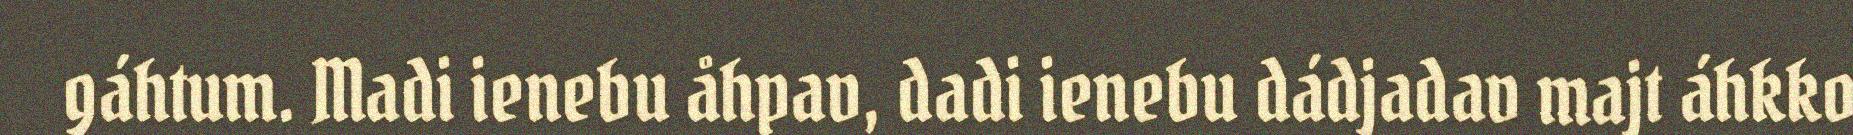
gáhtum. Madi ienebu åhpav, dadi ienebu dádjadav majt áhkko